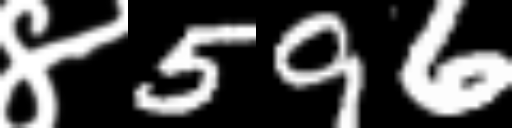
Text: ४596